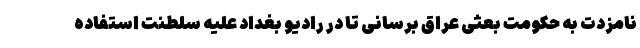
نامزدت به حکومت بعثی عراق برسانی تا در رادیو بغداد علیه سلطنت استفاده